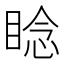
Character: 𬑛